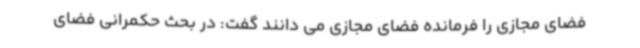
فضای مجازی را فرمانده فضای مجازی می دانند گفت: در بحث حکمرانی فضای